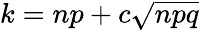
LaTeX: k=np+c{\sqrt{npq}}